Civil Veterinary Dept. Bombay admin report 1907-1913 - 1907-1913
Year: 1907
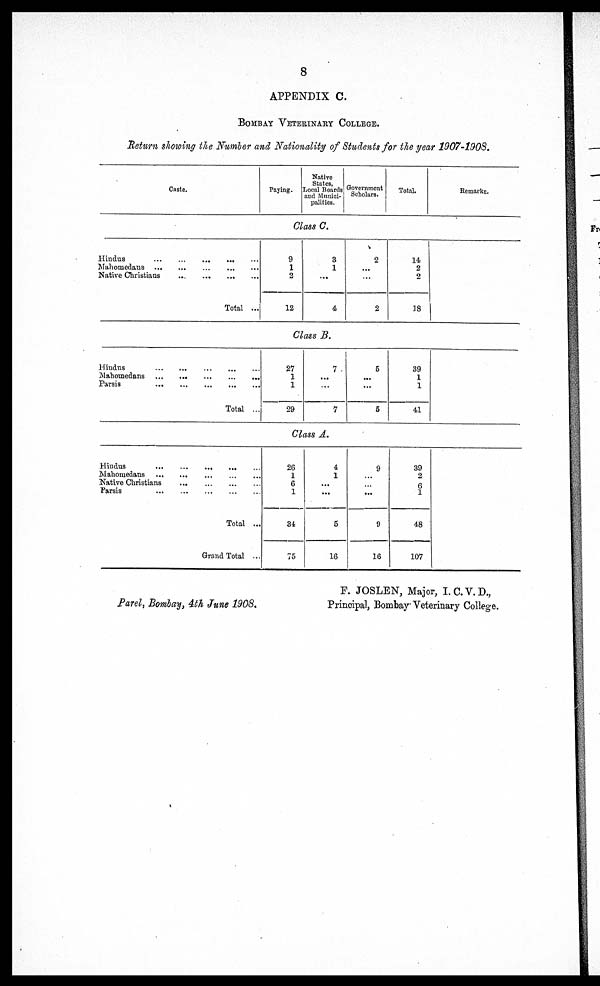
8
APPENDIX C.
BOMBAY VETERINARY COLLEGE.
Return showing the Number and Nationality of Students for the year 1907-1908.
Caste.
Paying.
Native
States,
Local Boards
and Munici-
palities.
Government
Scholars.
Total.
Remarks.
Class C.
Hindus
Mahomedans
...
...
...
...
...
Native Christians
...
...
...
...
Total ...
Hindus
...
...
...
...
Mahomedans
...
...
...
...
...
Parsis
...
...
...
...
...
Total ...
Hindus
Mahomedans
...
...
...
...
Native Christians
Parsis
...
...
...
...
...
Total ...
Grand Total ...
9
1
2
12
3
1
...
4
Class B.
27
1
1
29
7
...
...
7
Class A.
26
1
6
1
31
75
i
1
...
...
5
16
2
...
...
2
5
...
...
5
9
...
...
9
16
14
2
2
18
39
1
1
41
39
2
6
1
48
107
Parel, Bombay, 4th June 1908.
F. JOSLEN, Major, I.C.V.D.,
Principal, Bombay Veterinary College.